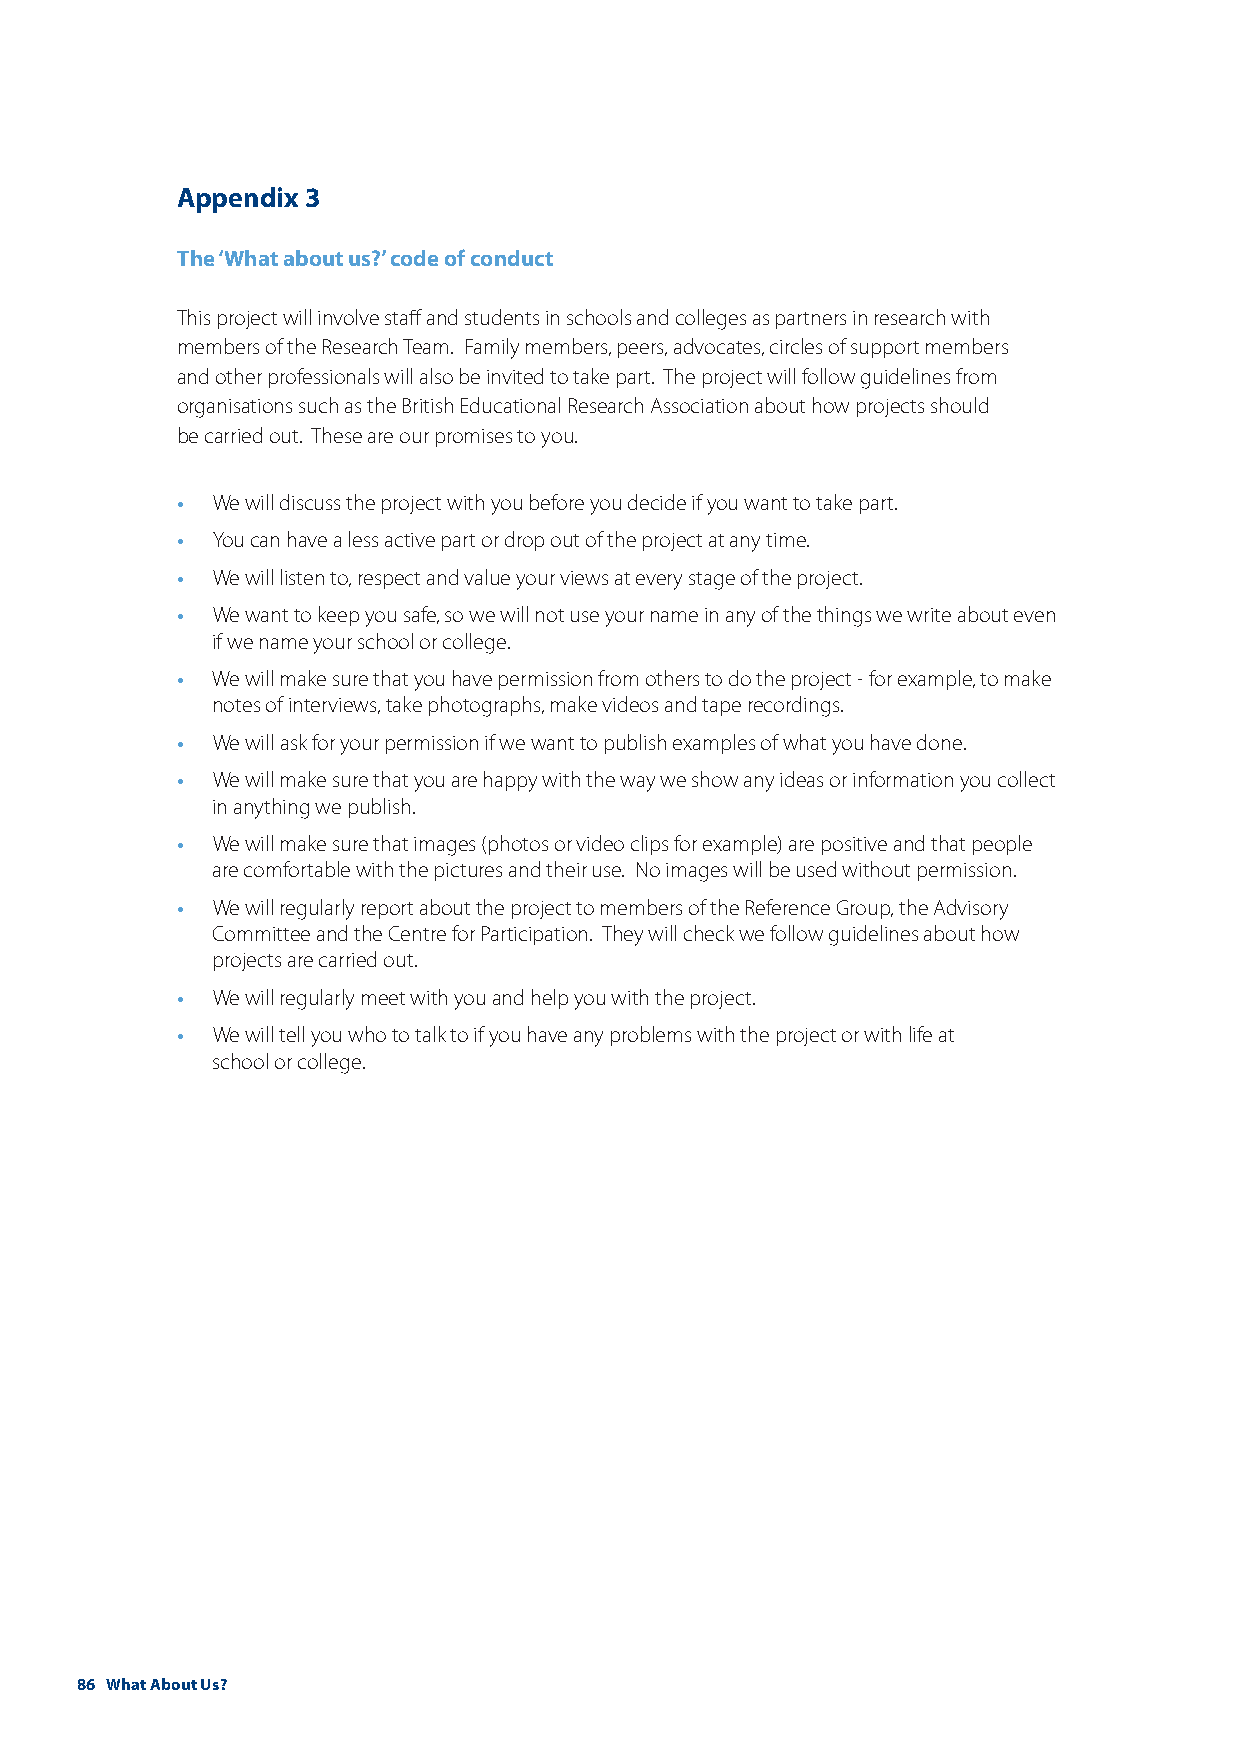
Appendix 3
 The ‘What about us?’ code of conduct
 This project will involve staff and students in schools and colleges as partners in research with
 members of the Research Team. Family members, peers, advocates, circles of support members
 and other professionals will also be invited to take part. The project will follow guidelines from
 organisations such as the British Educational Research Association about how projects should
 be carried out. These are our promises to you.
 •
 We will discuss the project with you before you decide if you want to take part.
 •
 You can have a less active part or drop out of the project at any time.
 •
 We will listen to, respect and value your views at every stage of the project.
 •
 We want to keep you safe, so we will not use your name in any of the things we write about even
 if we name your school or college.
 •
 We will make sure that you have permission from others to do the project - for example, to make
 notes of interviews, take photographs, make videos and tape recordings.
 •
 We will ask for your permission if we want to publish examples of what you have done.
 •
 We will make sure that you are happy with the way we show any ideas or information you collect
 in anything we publish.
 •
 We will make sure that images (photos or video clips for example) are positive and that people
 are comfortable with the pictures and their use. No images will be used without permission.
 •
 We will regularly report about the project to members of the Reference Group, the Advisory
 Committee and the Centre for Participation. They will check we follow guidelines about how
 projects are carried out.
 •
 We will regularly meet with you and help you with the project.
 •
 We will tell you who to talk to if you have any problems with the project or with life at
 school or college.
 86 What About Us?